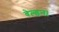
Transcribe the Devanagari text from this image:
वेल्डन।